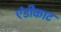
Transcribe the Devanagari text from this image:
एंडीकाट